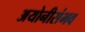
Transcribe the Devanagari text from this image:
अयोनीसंभव